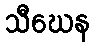
သီဃေန